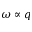
\omega \propto q